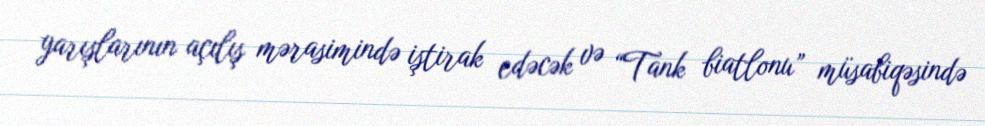
yarışlarının açılış mərasimində iştirak edəcək və “Tank biatlonu” müsabiqəsində